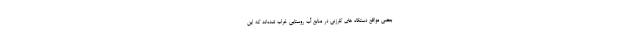
بعضی مواقع دستگاه های کلرزنی در منابع آب روستایی خراب شده‌اند که این